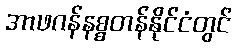
အာဖဂန်နစ္စတန်နိုင်ငံတွင်